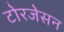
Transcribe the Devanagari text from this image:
टोरजेसन